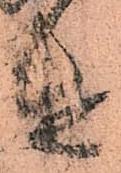
遣